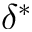
\delta ^ { * }